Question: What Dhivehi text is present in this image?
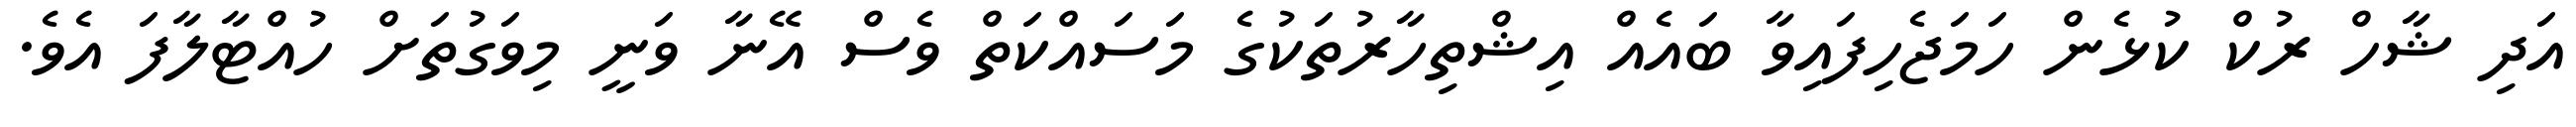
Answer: އަދި ޝާހް ރުކް ކުޅެން ހަމަޖެހިފައިވާ ބައެއް އިޝްތިހާރުތަކުގެ މަސައްކަތް ވެސް އޭނާ ވަނީ މިވަގުތަށް ހުއްޓާލާފަ އެވެ.